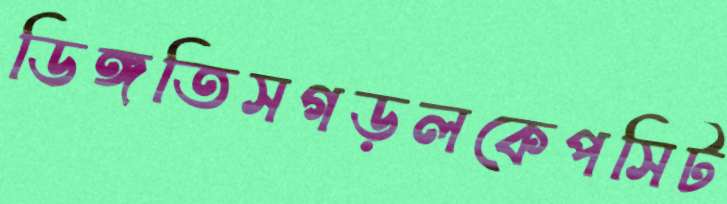
ডিঙ্গতিসগড়লকেপসিট